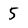
Character: 5